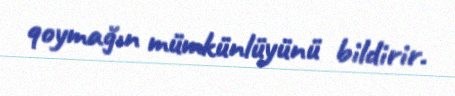
qoymağın mümkünlüyünü bildirir.